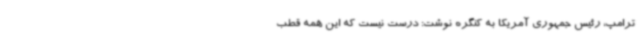
ترامپ، رئیس جمهوری آمریکا به کنگره نوشت: درست نیست که این همه قطب